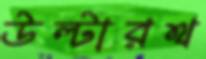
উল্টারথ